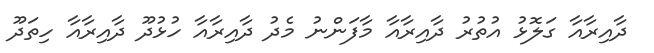
ދާއިރާއާ ގަލޮޅު އުތުރު ދާއިރާއާ މާފަންނު މެދު ދާއިރާއާ ހުޅުދޫ ދާއިރާއާ ހިތަދޫ